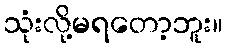
သုံးလို့မရတော့ဘူး။